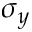
\sigma _ { y }